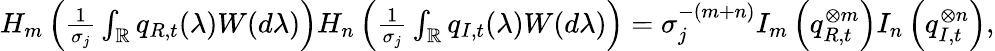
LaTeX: \begin{array}{r}{H_{m}\left(\frac{1}{\sigma_{j}}\int_{\mathbb{R}}q_{R,t}(\lambda)W(d\lambda)\right)H_{n}\left(\frac{1}{\sigma_{j}}\int_{\mathbb{R}}q_{I,t}(\lambda)W(d\lambda)\right)=\sigma_{j}^{-(m+n)}I_{m}\left(q_{R,t}^{\otimes m}\right)I_{n}\left(q_{I,t}^{\otimes n}\right),}\end{array}